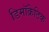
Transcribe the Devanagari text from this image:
डिमॉक्रेटिक